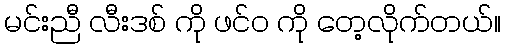
မင်းညီ လီးဒစ် ကို ဖင်၀ ကို တေ့လိုက်တယ်။